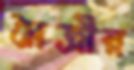
মৈত্রীর